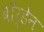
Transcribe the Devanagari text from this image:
वाॅर्डेन